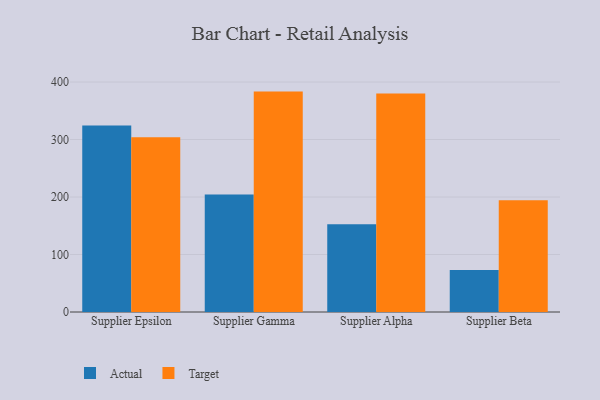
{"axis": {"x": "Supplier", "y": "Active Users"}, "legend": ["Actual", "Target"], "data": [{"x": "Supplier Epsilon", "y": 324.5, "type": "Actual"}, {"x": "Supplier Epsilon", "y": 303.9, "type": "Target"}, {"x": "Supplier Gamma", "y": 204.4, "type": "Actual"}, {"x": "Supplier Gamma", "y": 383.3, "type": "Target"}, {"x": "Supplier Alpha", "y": 152.5, "type": "Actual"}, {"x": "Supplier Alpha", "y": 379.8, "type": "Target"}, {"x": "Supplier Beta", "y": 72.9, "type": "Actual"}, {"x": "Supplier Beta", "y": 194.3, "type": "Target"}]}